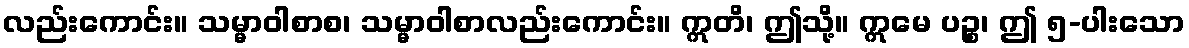
လည်းကောင်း။ သမ္မာဝါစာစ၊ သမ္မာဝါစာလည်းကောင်း။ ဣတိ၊ ဤသို့။ ဣမေ ပဉ္စ၊ ဤ ၅-ပါးသော